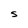
Character: S